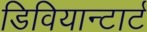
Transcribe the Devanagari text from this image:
डिवियान्टार्ट